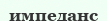
импеданс